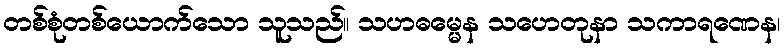
တစ်စုံတစ်ယောက်သော သူသည်။ သဟဓမ္မေန သဟေတုနာ သကာရဏေန၊